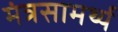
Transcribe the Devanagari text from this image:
मंत्रसामर्थ्य